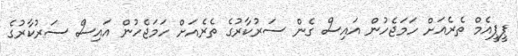
ޕީޕީއެމް ތެެރެއަށް ހަމަޖެހުން އައިސް ގެން ސަރުކާރުގެ ތެރެއަށް ހަމަޖެހުން އައިސް ސަރުކާރުގެ